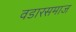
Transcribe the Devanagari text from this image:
वडारसमाज